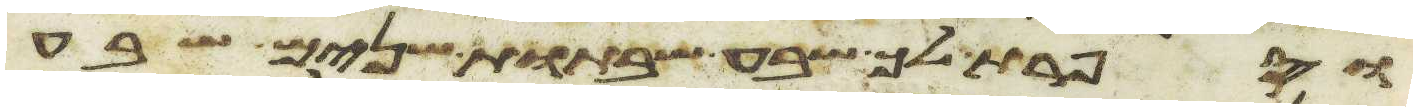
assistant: וספרת לך שבע שבתות שנים שבע